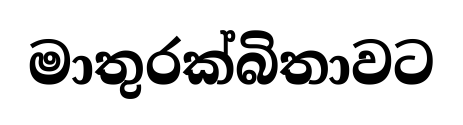
මාතුරක්බිතාවට